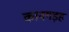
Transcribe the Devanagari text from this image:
कानगड़ह